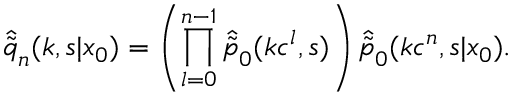
\hat { \tilde { q } } _ { n } ( k , s | x _ { 0 } ) = \left( \prod _ { l = 0 } ^ { n - 1 } \hat { \tilde { p } } _ { 0 } ( k c ^ { l } , s ) \right) \hat { \tilde { p } } _ { 0 } ( k c ^ { n } , s | x _ { 0 } ) .